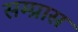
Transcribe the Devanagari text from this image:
सम्प्रास